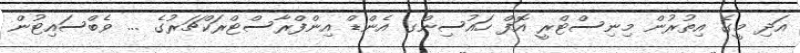
އަދި މީގެ އިތުރުން މިނިސްޓްރީ އޮފް ހައުސިންގ އެންޑް އިންފްރާސްޓްރަކްޗަރުގެ ... ވެބްސައިޓުން